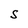
Character: S